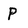
Character: P